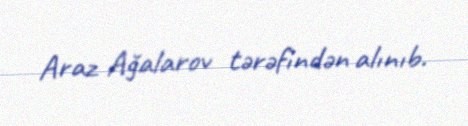
Araz Ağalarov tərəfindən alınıb.